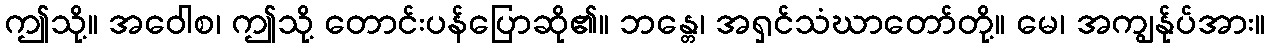
ဤသို့။ အဝေါစ၊ ဤသို့ တောင်းပန်ပြောဆို၏။ ဘန္တေ၊ အရှင်သံဃာတော်တို့။ မေ၊ အကျွန်ုပ်အား။